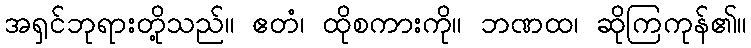
အရှင်ဘုရားတို့သည်။ ဧတံ၊ ထိုစကားကို။ ဘဏထ၊ ဆိုကြကုန်၏။